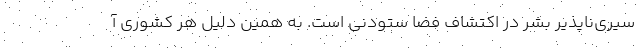
سیری‌ناپذیر بشر در اکتشاف فضا ستودنی است. به همین دلیل هر کشوری آ